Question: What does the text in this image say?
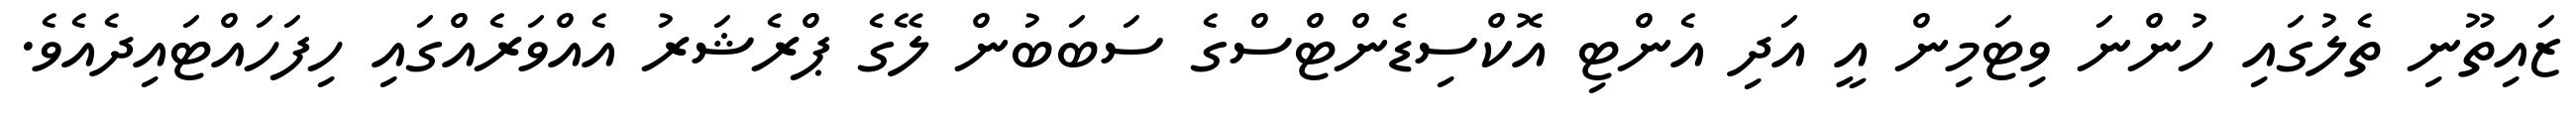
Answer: ޒައިތޫނި ތެލުގައި ހުންނަ ވިޓަމިން އީ އަދި އެންޓި އޮކްސިޑެންޓްސްގެ ސަބަބުން ލޭގެ ޕްރެޝަރު އެއްވަރެއްގައި ހިފަހައްޓައިދެއެވެ.